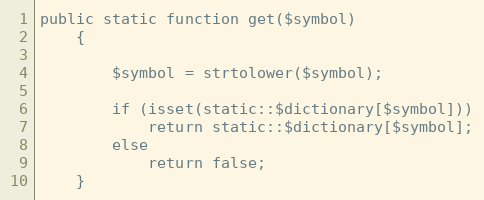
Language: PHP
public static function get($symbol)
    {

        $symbol = strtolower($symbol);

        if (isset(static::$dictionary[$symbol]))
            return static::$dictionary[$symbol];
        else
            return false;
    }